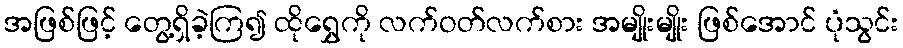
အဖြစ်ဖြင့် တွေ့ရှိခဲ့ကြ၍ ထိုရွှေကို လက်ဝတ်လက်စား အမျိုးမျိုး ဖြစ်အောင် ပုံသွင်း